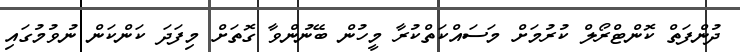
ދުންފަތް ކޮންޓްރޯލް ކުރުމަށް މަސައްކަތްކުރާ މީހުން ބޭނުންވާ ގޮތަށް މިފަދަ ކަންކަން ނުވުމުގައި